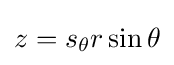
z=s_{\theta }r\sin \theta